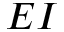
E I